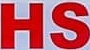
HS